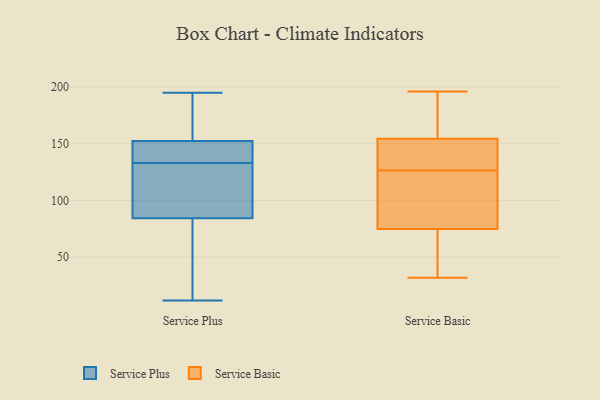
{"axis": {"x": "Gross Profit (USD K)", "y": "Value"}, "legend": ["Service Basic", "Service Plus"], "data": [{"x": "", "y": 12, "type": "Service Plus"}, {"x": "", "y": 84, "type": "Service Plus"}, {"x": "", "y": 93, "type": "Service Plus"}, {"x": "", "y": 50, "type": "Service Plus"}, {"x": "", "y": 195, "type": "Service Plus"}, {"x": "", "y": 133, "type": "Service Plus"}, {"x": "", "y": 193, "type": "Service Plus"}, {"x": "", "y": 158, "type": "Service Plus"}, {"x": "", "y": 133, "type": "Service Plus"}, {"x": "", "y": 86, "type": "Service Plus"}, {"x": "", "y": 136, "type": "Service Plus"}, {"x": "", "y": 163, "type": "Service Basic"}, {"x": "", "y": 77, "type": "Service Basic"}, {"x": "", "y": 161, "type": "Service Basic"}, {"x": "", "y": 36, "type": "Service Basic"}, {"x": "", "y": 32, "type": "Service Basic"}, {"x": "", "y": 127, "type": "Service Basic"}, {"x": "", "y": 57, "type": "Service Basic"}, {"x": "", "y": 134, "type": "Service Basic"}, {"x": "", "y": 126, "type": "Service Basic"}, {"x": "", "y": 73, "type": "Service Basic"}, {"x": "", "y": 87, "type": "Service Basic"}, {"x": "", "y": 81, "type": "Service Basic"}, {"x": "", "y": 145, "type": "Service Basic"}, {"x": "", "y": 196, "type": "Service Basic"}, {"x": "", "y": 196, "type": "Service Basic"}, {"x": "", "y": 148, "type": "Service Basic"}]}